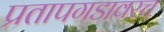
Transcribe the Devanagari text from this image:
प्रतापगडावरच